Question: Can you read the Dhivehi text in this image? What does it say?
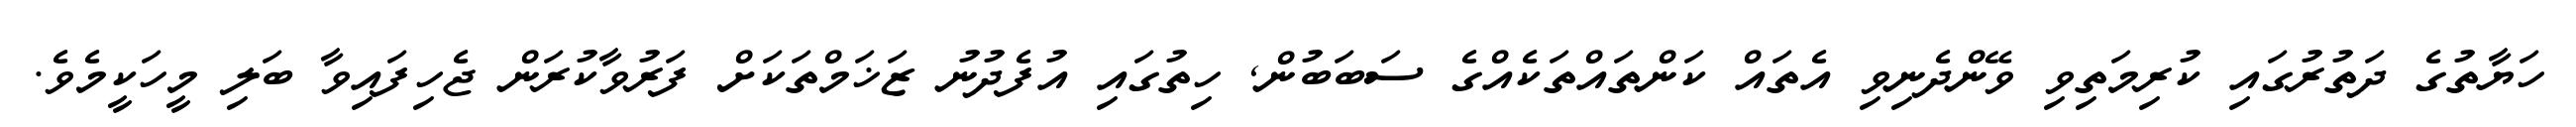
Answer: ހަޔާތުގެ ދަތުރުގައި ކުރިމަތިވި ވޭންދެނިވި އެތައް ކަންތައްތަކެއްގެ ސަބަބުން, ހިތުގައި އުފެދުނު ޒަޚަމްތަކަށް ފަރުވާކުރަން ޖެހިފައިވާ ބަލި މީހަކީމެވެ.